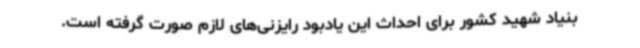
بنیاد شهید کشور برای احداث این یادبود رایزنی‌های لازم صورت گرفته است.